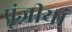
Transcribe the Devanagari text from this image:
पूंजीयां